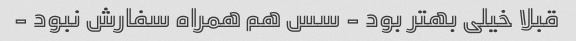
قبلا خیلی بهتر بود - سس هم همراه سفارش نبود -